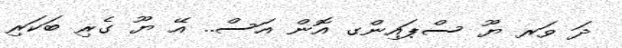
ދަ ވަރ ޔޫ ސްޕައިންގ އޮން އަސް.. އޭ ޔޫ ގެރި ބަކަރި